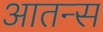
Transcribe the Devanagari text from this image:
आतन्स